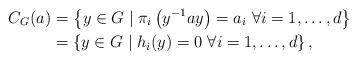
LaTeX: \begin{align*}C_G(a) &= \left\{ y \in G \mid \pi_i\left(y^{-1} a y\right) = a_i \ \forall i=1, \dots, d \right\} \\& =\left\{ y \in G \mid h_i(y) = 0 \ \forall i = 1, \dots, d\right\},\end{align*}